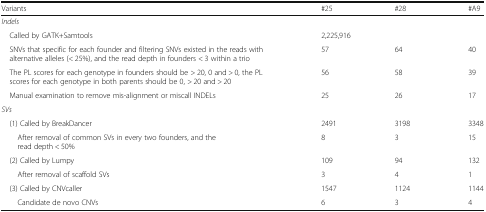
<table><thead><tr><td><b>Variants</b></td><td><b>#25</b></td><td><b>#28</b></td><td><b>#A9</b></td></tr></thead><tbody><tr><td colspan="4"><i>Indels</i></td></tr><tr><td> Called by GATK+Samtools</td><td colspan="3">2,225,916</td></tr><tr><td> SNVs that specific for each founder and filtering SNVs existed in the reads with alternative alleles (&lt; 25%), and the read depth in founders &lt; 3 within a trio</td><td>57</td><td>64</td><td>40</td></tr><tr><td> The PL scores for each genotype in founders should be &gt; 20, 0 and &gt; 0, the PL scores for each genotype in both parents should be 0, &gt; 20 and &gt; 20</td><td>56</td><td>58</td><td>39</td></tr><tr><td> Manual examination to remove mis-alignment or miscall INDELs</td><td>25</td><td>26</td><td>17</td></tr><tr><td colspan="4"><i>SVs</i></td></tr><tr><td> (1) Called by BreakDancer</td><td>2491</td><td>3198</td><td>3348</td></tr><tr><td>After removal of common SVs in every two founders, and the read depth &lt; 50%</td><td>8</td><td>3</td><td>15</td></tr><tr><td> (2) Called by Lumpy</td><td>109</td><td>94</td><td>132</td></tr><tr><td>After removal of scaffold SVs</td><td>3</td><td>4</td><td>1</td></tr><tr><td> (3) Called by CNVcaller</td><td>1547</td><td>1124</td><td>1144</td></tr><tr><td>Candidate de novo CNVs</td><td>6</td><td>3</td><td>4</td></tr></tbody></table>